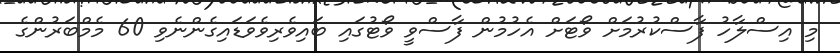
މި އިސްލާހު ފާސްކުރުމަށް ވޯޓަށް އެހުމުން ފާސްވީ ވޯޓުގައި ބައިވެރިވެވަޑައިގެންނެވި 60 މެމްބަރުންގެ